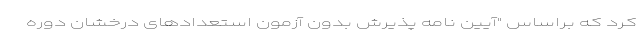
کرد که براساس "آیین نامه پذیرش بدون آزمون استعدادهای درخشان دوره